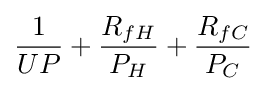
{\frac {1}{UP}}+{\frac {R_{fH}}{P_{H}}}+{\frac {R_{fC}}{P_{C}}}